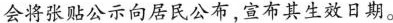
会将张贴公示向居民公布，宣布其生效日期。